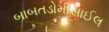
બાબતડોમીસાઈલ